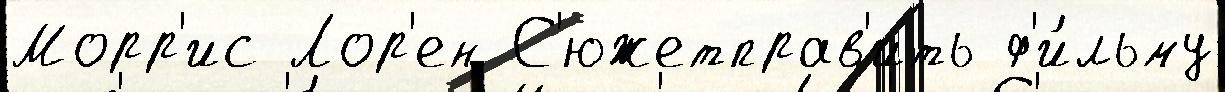
Морр'ис Лор'ен С'южетправ'ить ф'и́льму